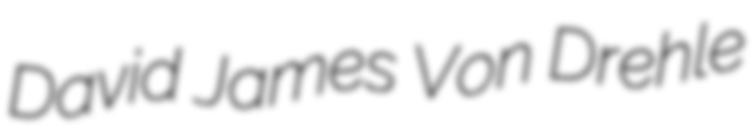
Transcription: David James Von Drehle